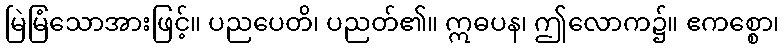
မြဲမြံသောအားဖြင့်။ ပညပေတိ၊ ပညတ်၏။ ဣဓပန၊ ဤလောက၌။ ဧကစ္စော၊